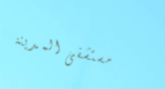
مستشفى المدينة